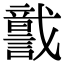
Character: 𧬣